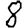
Digit: 8